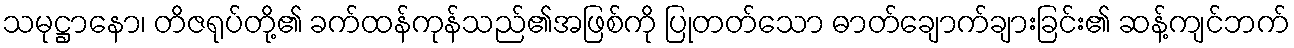
သမုဋ္ဌာနော၊ တိဇရုပ်တို့၏ ခက်ထန်ကုန်သည်၏အဖြစ်ကို ပြုတတ်သော ဓာတ်ချောက်ချားခြင်း၏ ဆန့်ကျင်ဘက်